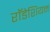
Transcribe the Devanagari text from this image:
राॅडेशियन